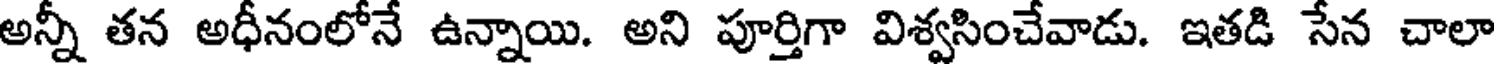
అన్నీ తన అధీనంలోనే ఉన్నాయి. అని పూర్తిగా విశ్వసించేవాడు. ఇతడి సేన చాలా